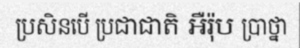
ប្រសិនបើ ប្រជាជាតិ អឺរ៉ុប ប្រាថ្នា